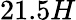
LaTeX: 21.5H